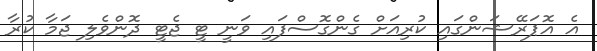
އެ އޮޕަރޭޝަންގައި ކުރިއަށް ގެންގޮސްފައި ވަނީ ޓީ ޖެޓީ ދޮންވެލި ޖަމާ ކުރާ